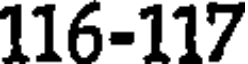
116-117